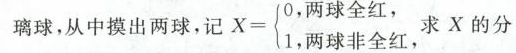
璃球，从中摸出两球，记 $$X= \left\{ \begin{matrix} 0, \\ 1, \\ \end{matrix} \right.$$ 球全红， 1，两球非全红，求x的分